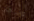
والرجال